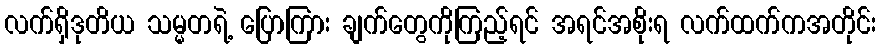
လက်ရှိဒုတိယ သမ္မတရဲ့ ပြောကြား ချက်တွေကိုကြည့်ရင် အရင်အစိုးရ လက်ထက်ကအတိုင်း